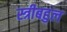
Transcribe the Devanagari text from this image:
स्त्रीबहुल